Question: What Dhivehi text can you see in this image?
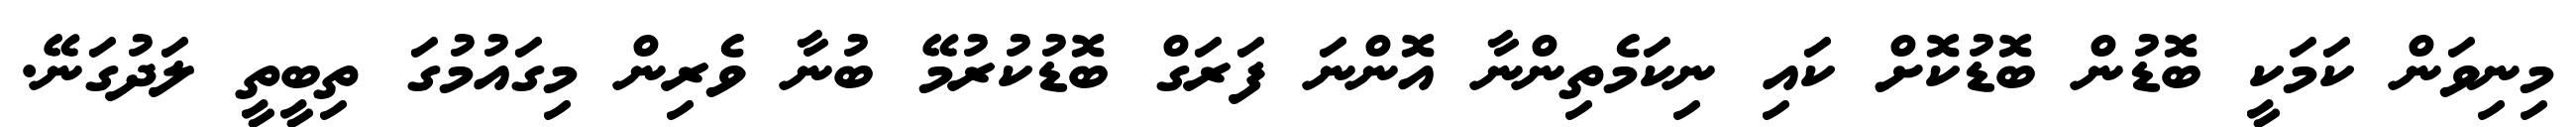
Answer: މިނިވަން ކަމަކީ ބޮޑުން ބޮޑުކޮށް ކައި ނިކަމެތިންނާ އޮންނަ ފަރަގް ބޮޑުކުރުމޭ ބުނާ ވެރިން މިގައުމުގަ ތިބީތީ ލަދުގަނޭ.